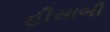
હીસાબી